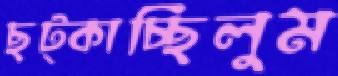
ছট্‌কাচ্ছিলুম